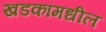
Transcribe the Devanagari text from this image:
खडकांमधील